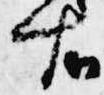
右